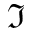
\Im